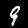
Label: 9